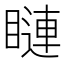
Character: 𥊩